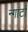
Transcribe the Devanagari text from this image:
न्गार्टा